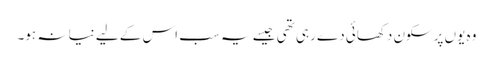
وہ یوں پرسکون دکھائی دے رہی تھی جیسے یہ سب اس کے لیے نیا نہ ہو۔